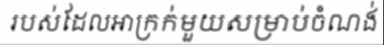
របស់ដែលអាក្រក់មួយសម្រាប់ចំណង់